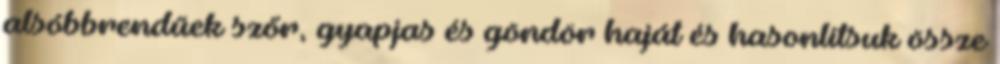
alsóbbrendűek szőr, gyapjas és göndör haját és hasonlítsuk össze